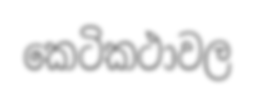
කෙටිකථාවල